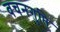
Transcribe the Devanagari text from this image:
वचनगुप्ति